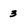
Character: 3